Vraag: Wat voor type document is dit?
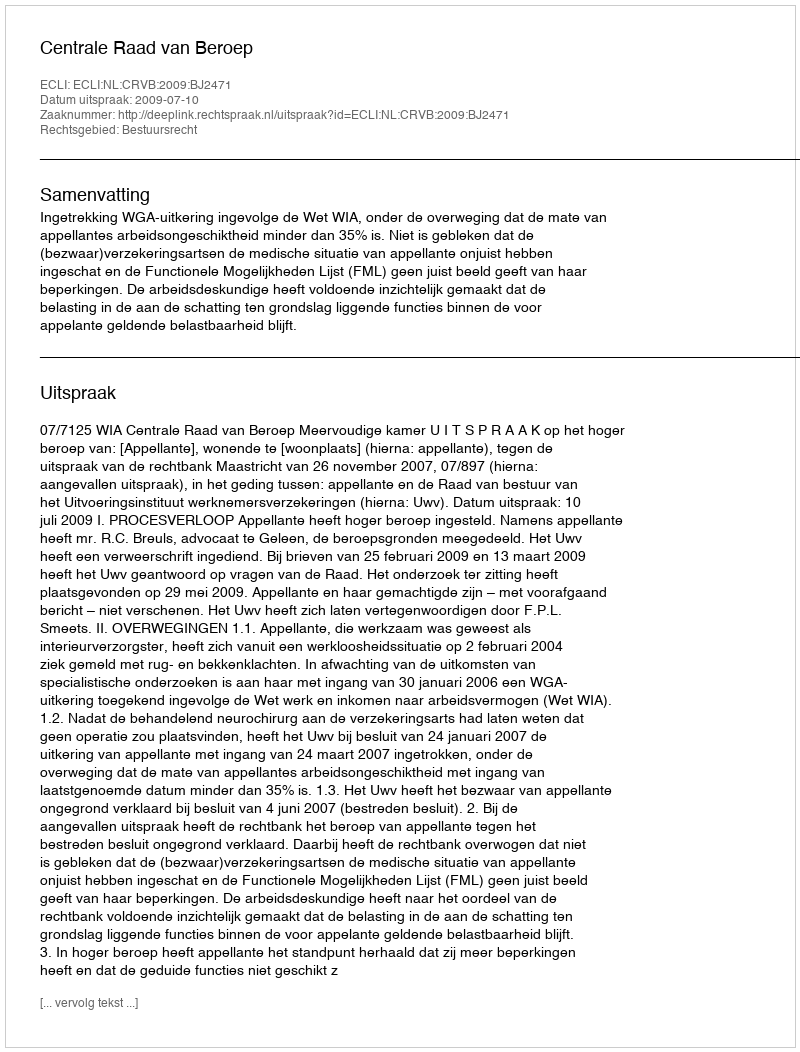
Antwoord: Uitspraak